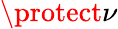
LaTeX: \protect\nu